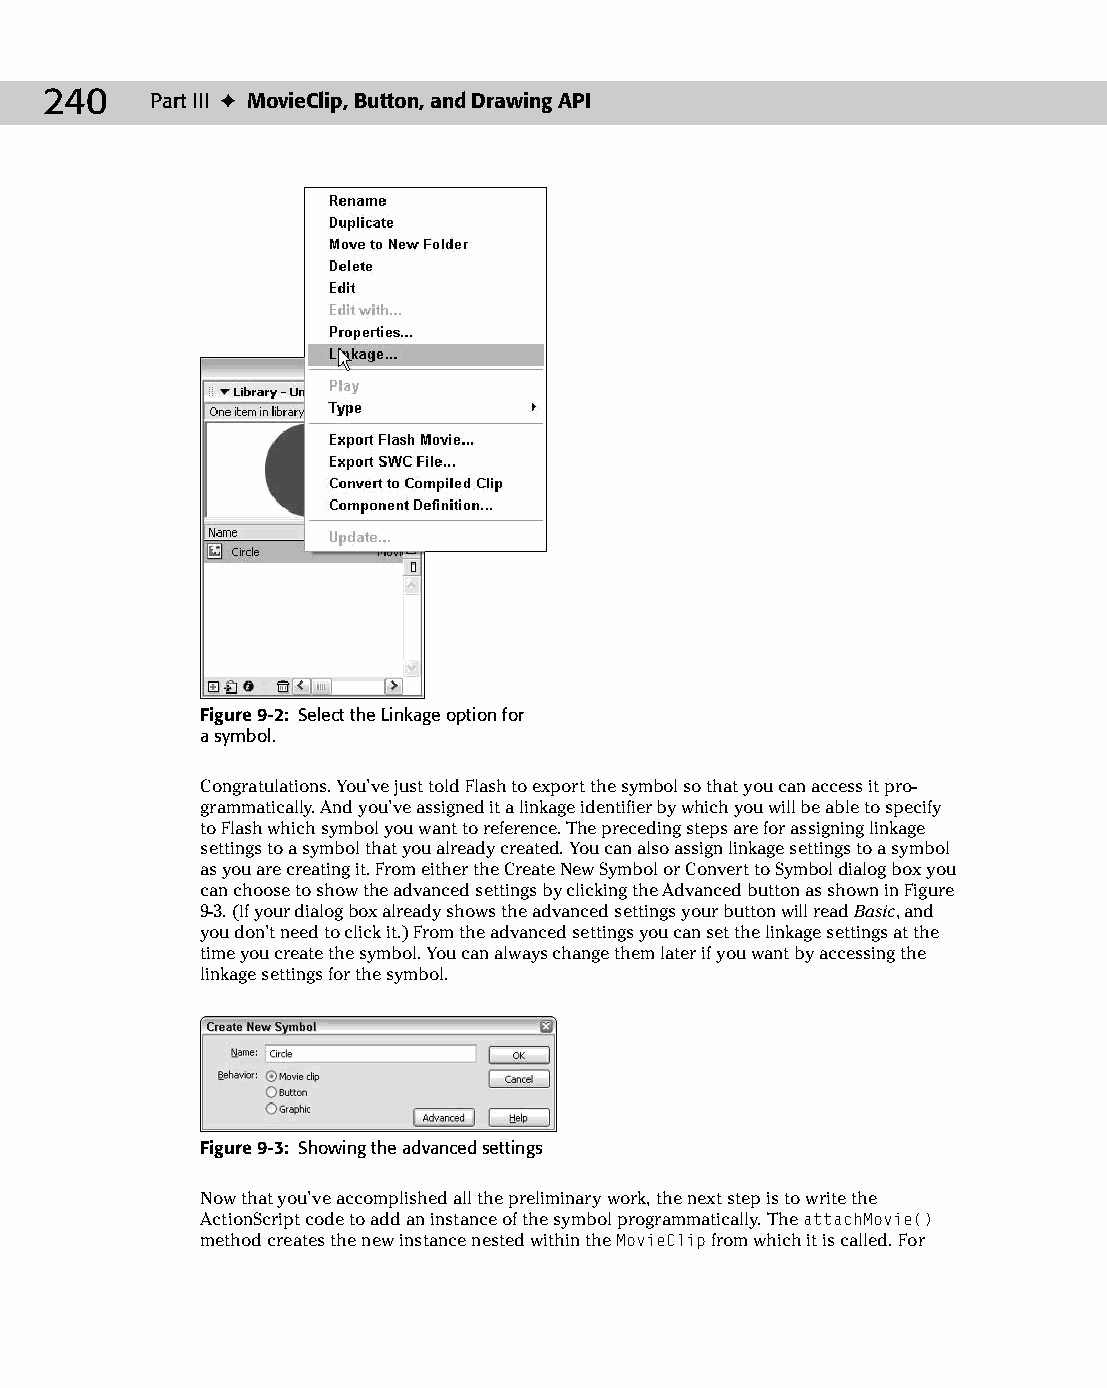
13 543547 ch09.qxd 3/24/04 3:49 PM Page 240
 240    Part III ✦ MovieClip, Button, and Drawing API
 Figure 9-2: Select the Linkage option for
 a symbol.
 Congratulations. You’ve just told Flash to export the symbol so that you can access it pro­
 grammatically. And you’ve assigned it a linkage identifier by which you will be able to specify
 to Flash which symbol you want to reference. The preceding steps are for assigning linkage
 settings to a symbol that you already created. You can also assign linkage settings to a symbol
 as you are creating it. From either the Create New Symbol or Convert to Symbol dialog box you
 can choose to show the advanced settings by clicking the Advanced button as shown in Figure
 9-3. (If your dialog box already shows the advanced settings your button will read Basic, and
 you don’t need to click it.) From the advanced settings you can set the linkage settings at the
 time you create the symbol. You can always change them later if you want by accessing the
 linkage settings for the symbol.
 Figure 9-3: Showing the advanced settings
 Now that you’ve accomplished all the preliminary work, the next step is to write the
 ActionScript code to add an instance of the symbol programmatically. The attachMovie()
 method creates the new instance nested within the MovieClip from which it is called. For